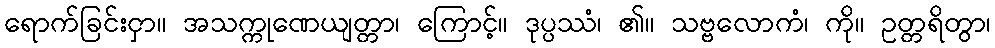
ရောက်ခြင်းငှာ။ အသက္ကုဏေယျတ္တာ၊ ကြောင့်။ ဒုပ္ပဿံ၊ ၏။ သဗ္ဗလောကံ၊ ကို။ ဥတ္တရိတွာ၊